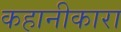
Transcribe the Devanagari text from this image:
कहानीकारा